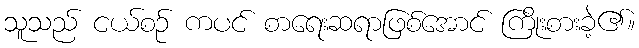
သူသည် ငယ်စဉ် ကပင် စာရေးဆရာဖြစ်အောင် ကြိုးစားခဲ့၏။